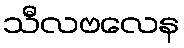
သီလဗလေန